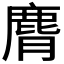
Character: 𪊒